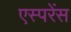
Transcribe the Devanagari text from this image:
एस्परेंस